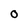
Character: 0